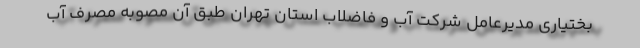
بختیاری مدیرعامل شرکت آب و فاضلاب استان تهران طبق آن مصوبه مصرف آب